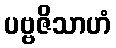
ပဗ္ဗဇိသာဟံ